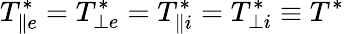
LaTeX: T_{\| e}^{*}=T_{\perp e}^{*}=T_{\| i}^{*}=T_{\perp i}^{*}\equiv T^{*}